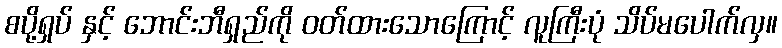
စပို့ရှပ် နှင့် ဘောင်းဘီရှည်ကို ဝတ်ထားသောကြောင့် လူကြီးပုံ သိပ်မပေါက်လှ။